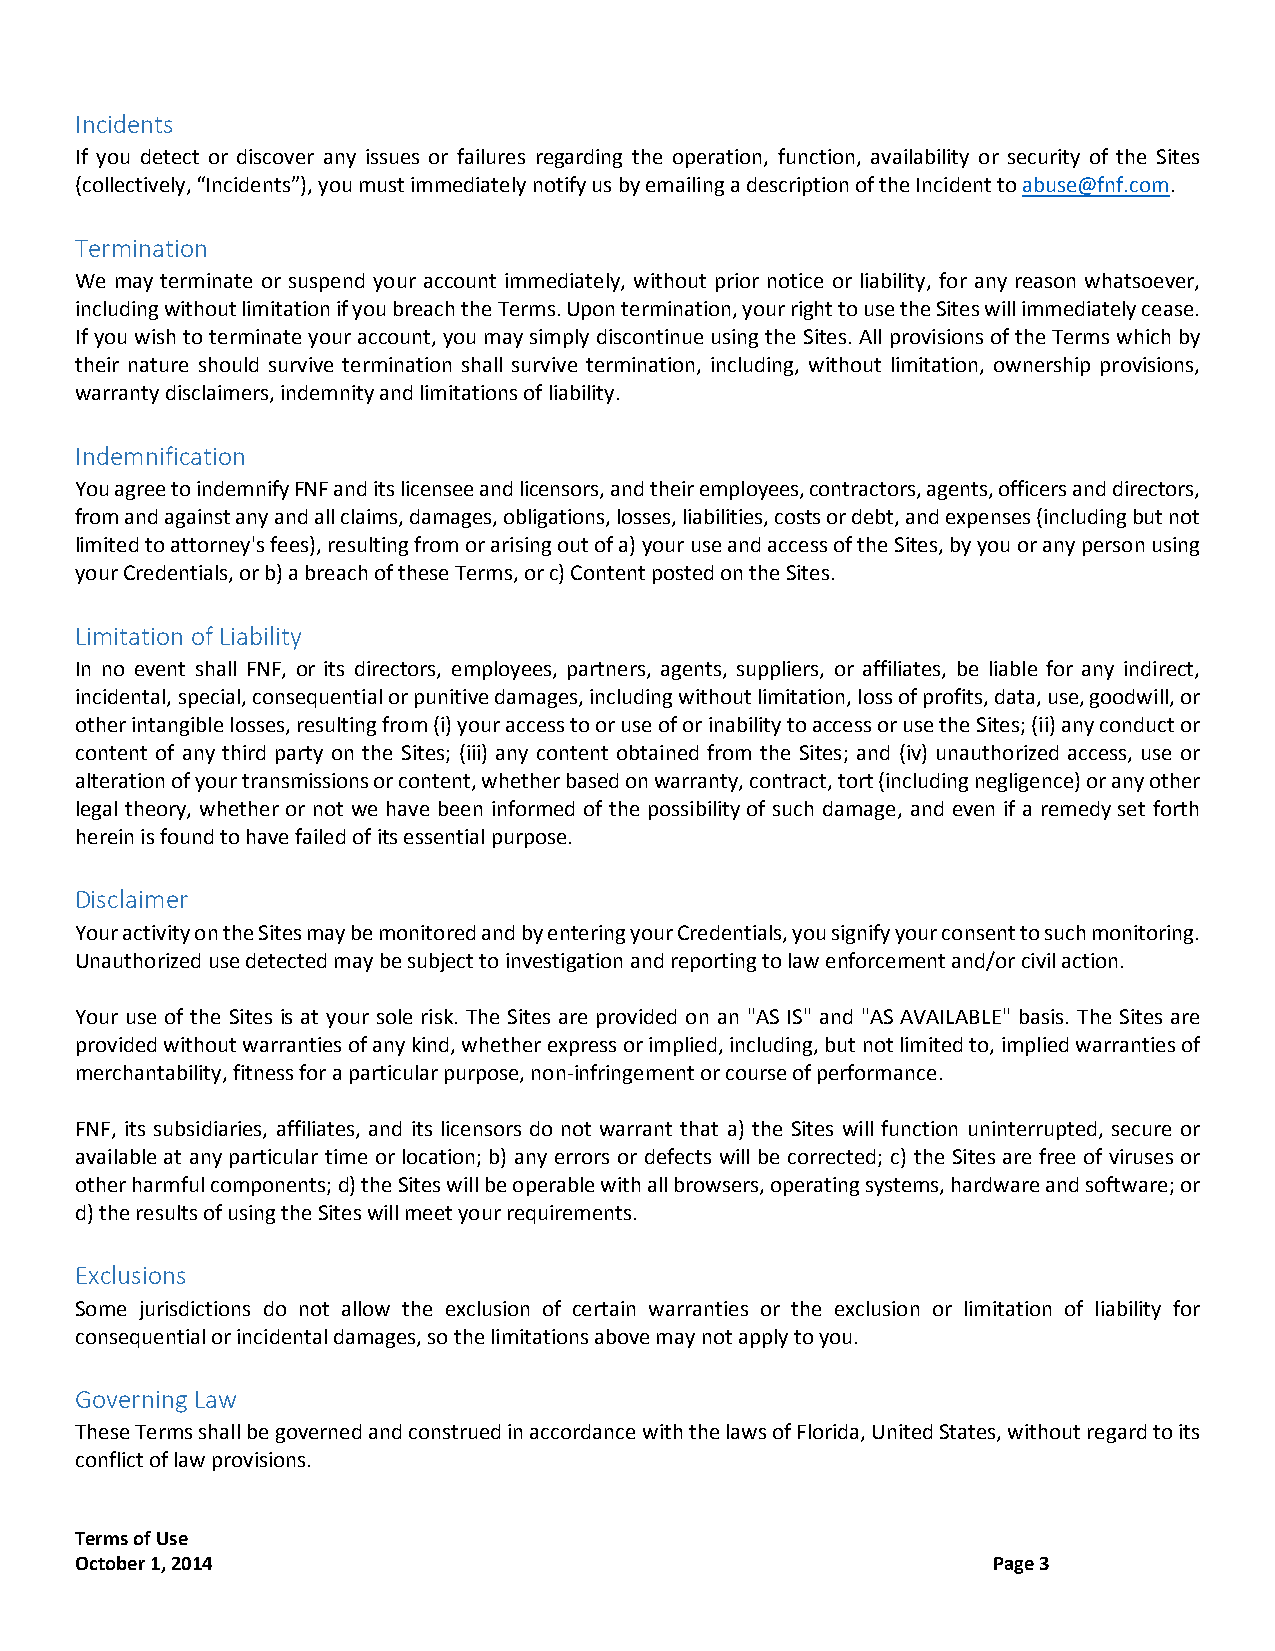
Incidents
 If you detect or discover any issues or failures regarding the operation, function, availability or security of the Sites
 (collectively, “Incidents”), you must immediately notify us by emailing a description of the Incident to abuse@fnf.com.
 Termination
 We may terminate or suspend your account immediately, without prior notice or liability, for any reason whatsoever,
 including without limitation if you breach the Terms. Upon termination, your right to use the Sites will immediately cease.
 If you wish to terminate your account, you may simply discontinue using the Sites. All provisions of the Terms which by
 their nature should survive termination shall survive termination, including, without limitation, ownership provisions,
 warranty disclaimers, indemnity and limitations of liability.
 Indemnification
 You agree to indemnify FNF and its licensee and licensors, and their employees, contractors, agents, officers and directors,
 from and against any and all claims, damages, obligations, losses, liabilities, costs or debt, and expenses (including but not
 limited to attorney's fees), resulting from or arising out of a) your use and access of the Sites, by you or any person using
 your Credentials, or b) a breach of these Terms, or c) Content posted on the Sites.
 Limitation of Liability
 In no event shall FNF, or its directors, employees, partners, agents, suppliers, or affiliates, be liable for any indirect,
 incidental, special, consequential or punitive damages, including without limitation, loss of profits, data, use, goodwill, or
 other intangible losses, resulting from (i) your access to or use of or inability to access or use the Sites; (ii) any conduct or
 content of any third party on the Sites; (iii) any content obtained from the Sites; and (iv) unauthorized access, use or
 alteration of your transmissions or content, whether based on warranty, contract, tort (including negligence) or any other
 legal theory, whether or not we have been informed of the possibility of such damage, and even if a remedy set forth
 herein is found to have failed of its essential purpose.
 Disclaimer
 Your activity on the Sites may be monitored and by entering your Credentials, you signify your consent to such monitoring.
 Unauthorized use detected may be subject to investigation and reporting to law enforcement and/or civil action.
 Your use of the Sites is at your sole risk. The Sites are provided on an "AS IS" and "AS AVAILABLE" basis. The Sites are
 provided without warranties of any kind, whether express or implied, including, but not limited to, implied warranties of
 merchantability, fitness for a particular purpose, non-infringement or course of performance.
 FNF, its subsidiaries, affiliates, and its licensors do not warrant that a) the Sites will function uninterrupted, secure or
 available at any particular time or location; b) any errors or defects will be corrected; c) the Sites are free of viruses or
 other harmful components; d) the Sites will be operable with all browsers, operating systems, hardware and software; or
 d) the results of using the Sites will meet your requirements.
 Exclusions
 Some jurisdictions do not allow the exclusion of certain warranties or the exclusion or limitation of liability for
 consequential or incidental damages, so the limitations above may not apply to you.
 Governing Law
 These Terms shall be governed and construed in accordance with the laws of Florida, United States, without regard to its
 conflict of law provisions.
 Terms of Use
 October 1, 2014                                              Page 3